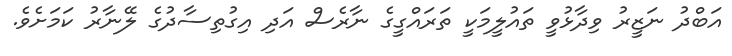
އަބްދު ނަޒީރު ވިދާޅުވީ ތައުލީމަކީ ތަރައްގީގެ ނާރެސް އަދި އިގުތިސާދުގެ ލޭނާރު ކަމަށެވެ.